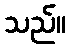
သည်။